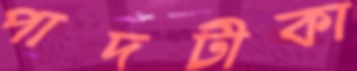
পাদটীকা